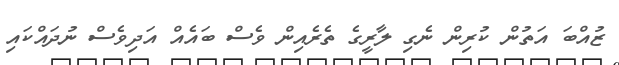
ޒުއްބަ އަތުން ކުރިން ނެގި ލާރީގެ ތެރެއިން ވެސް ބައެއް އަދިވެސް ނުދައްކައި